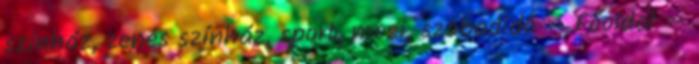
színház, zenés színház, sport, mozi, szabadidő » Főoldal »